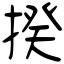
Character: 揆